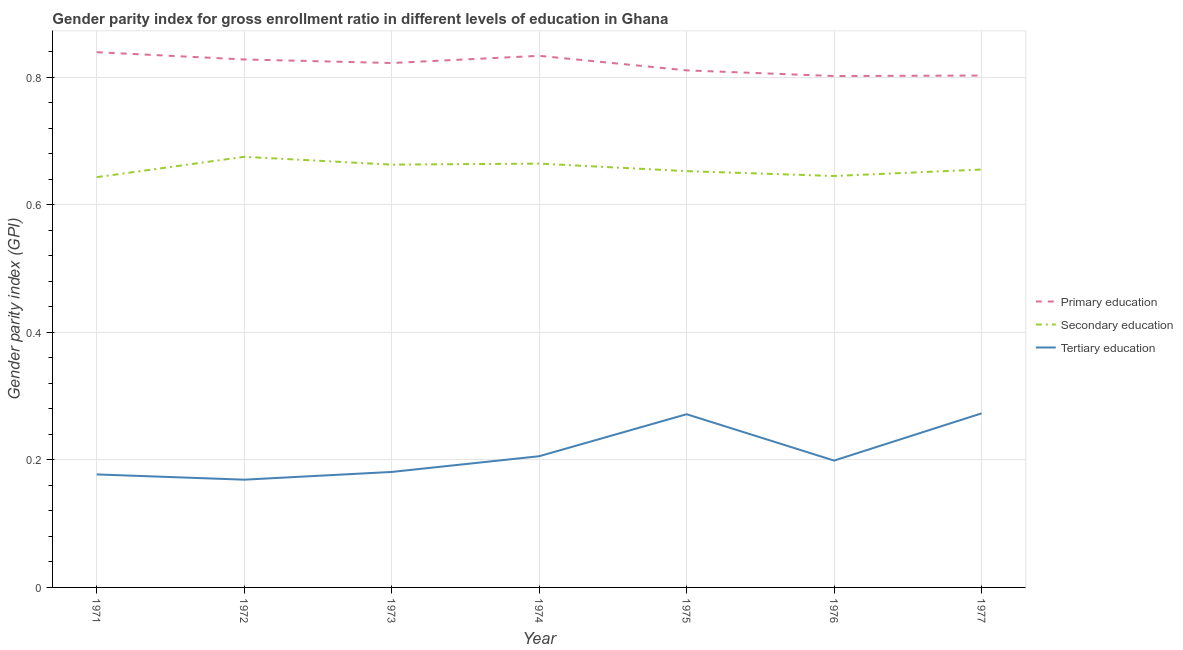
| Year | Primary education | Secondary education | Tertiary education |
 | --- | --- | --- | --- |
 | 1971 | 0.84 | 0.643 | 0.177 |
 | 1972 | 0.828 | 0.675 | 0.169 |
 | 1973 | 0.823 | 0.663 | 0.181 |
 | 1974 | 0.834 | 0.665 | 0.206 |
 | 1975 | 0.811 | 0.653 | 0.272 |
 | 1976 | 0.802 | 0.645 | 0.199 |
 | 1977 | 0.803 | 0.655 | 0.273 |